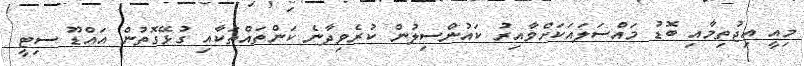
މިއީ އިޖުތިމާއި ބޮޑު މައްސަލައަކަށްވާއިރު ކައުންސިލުން ކުރެވިދާނެ ކަންތައްތަކާއި ގުޅޭގޮތުން އައްޑޫ ސިޓީ